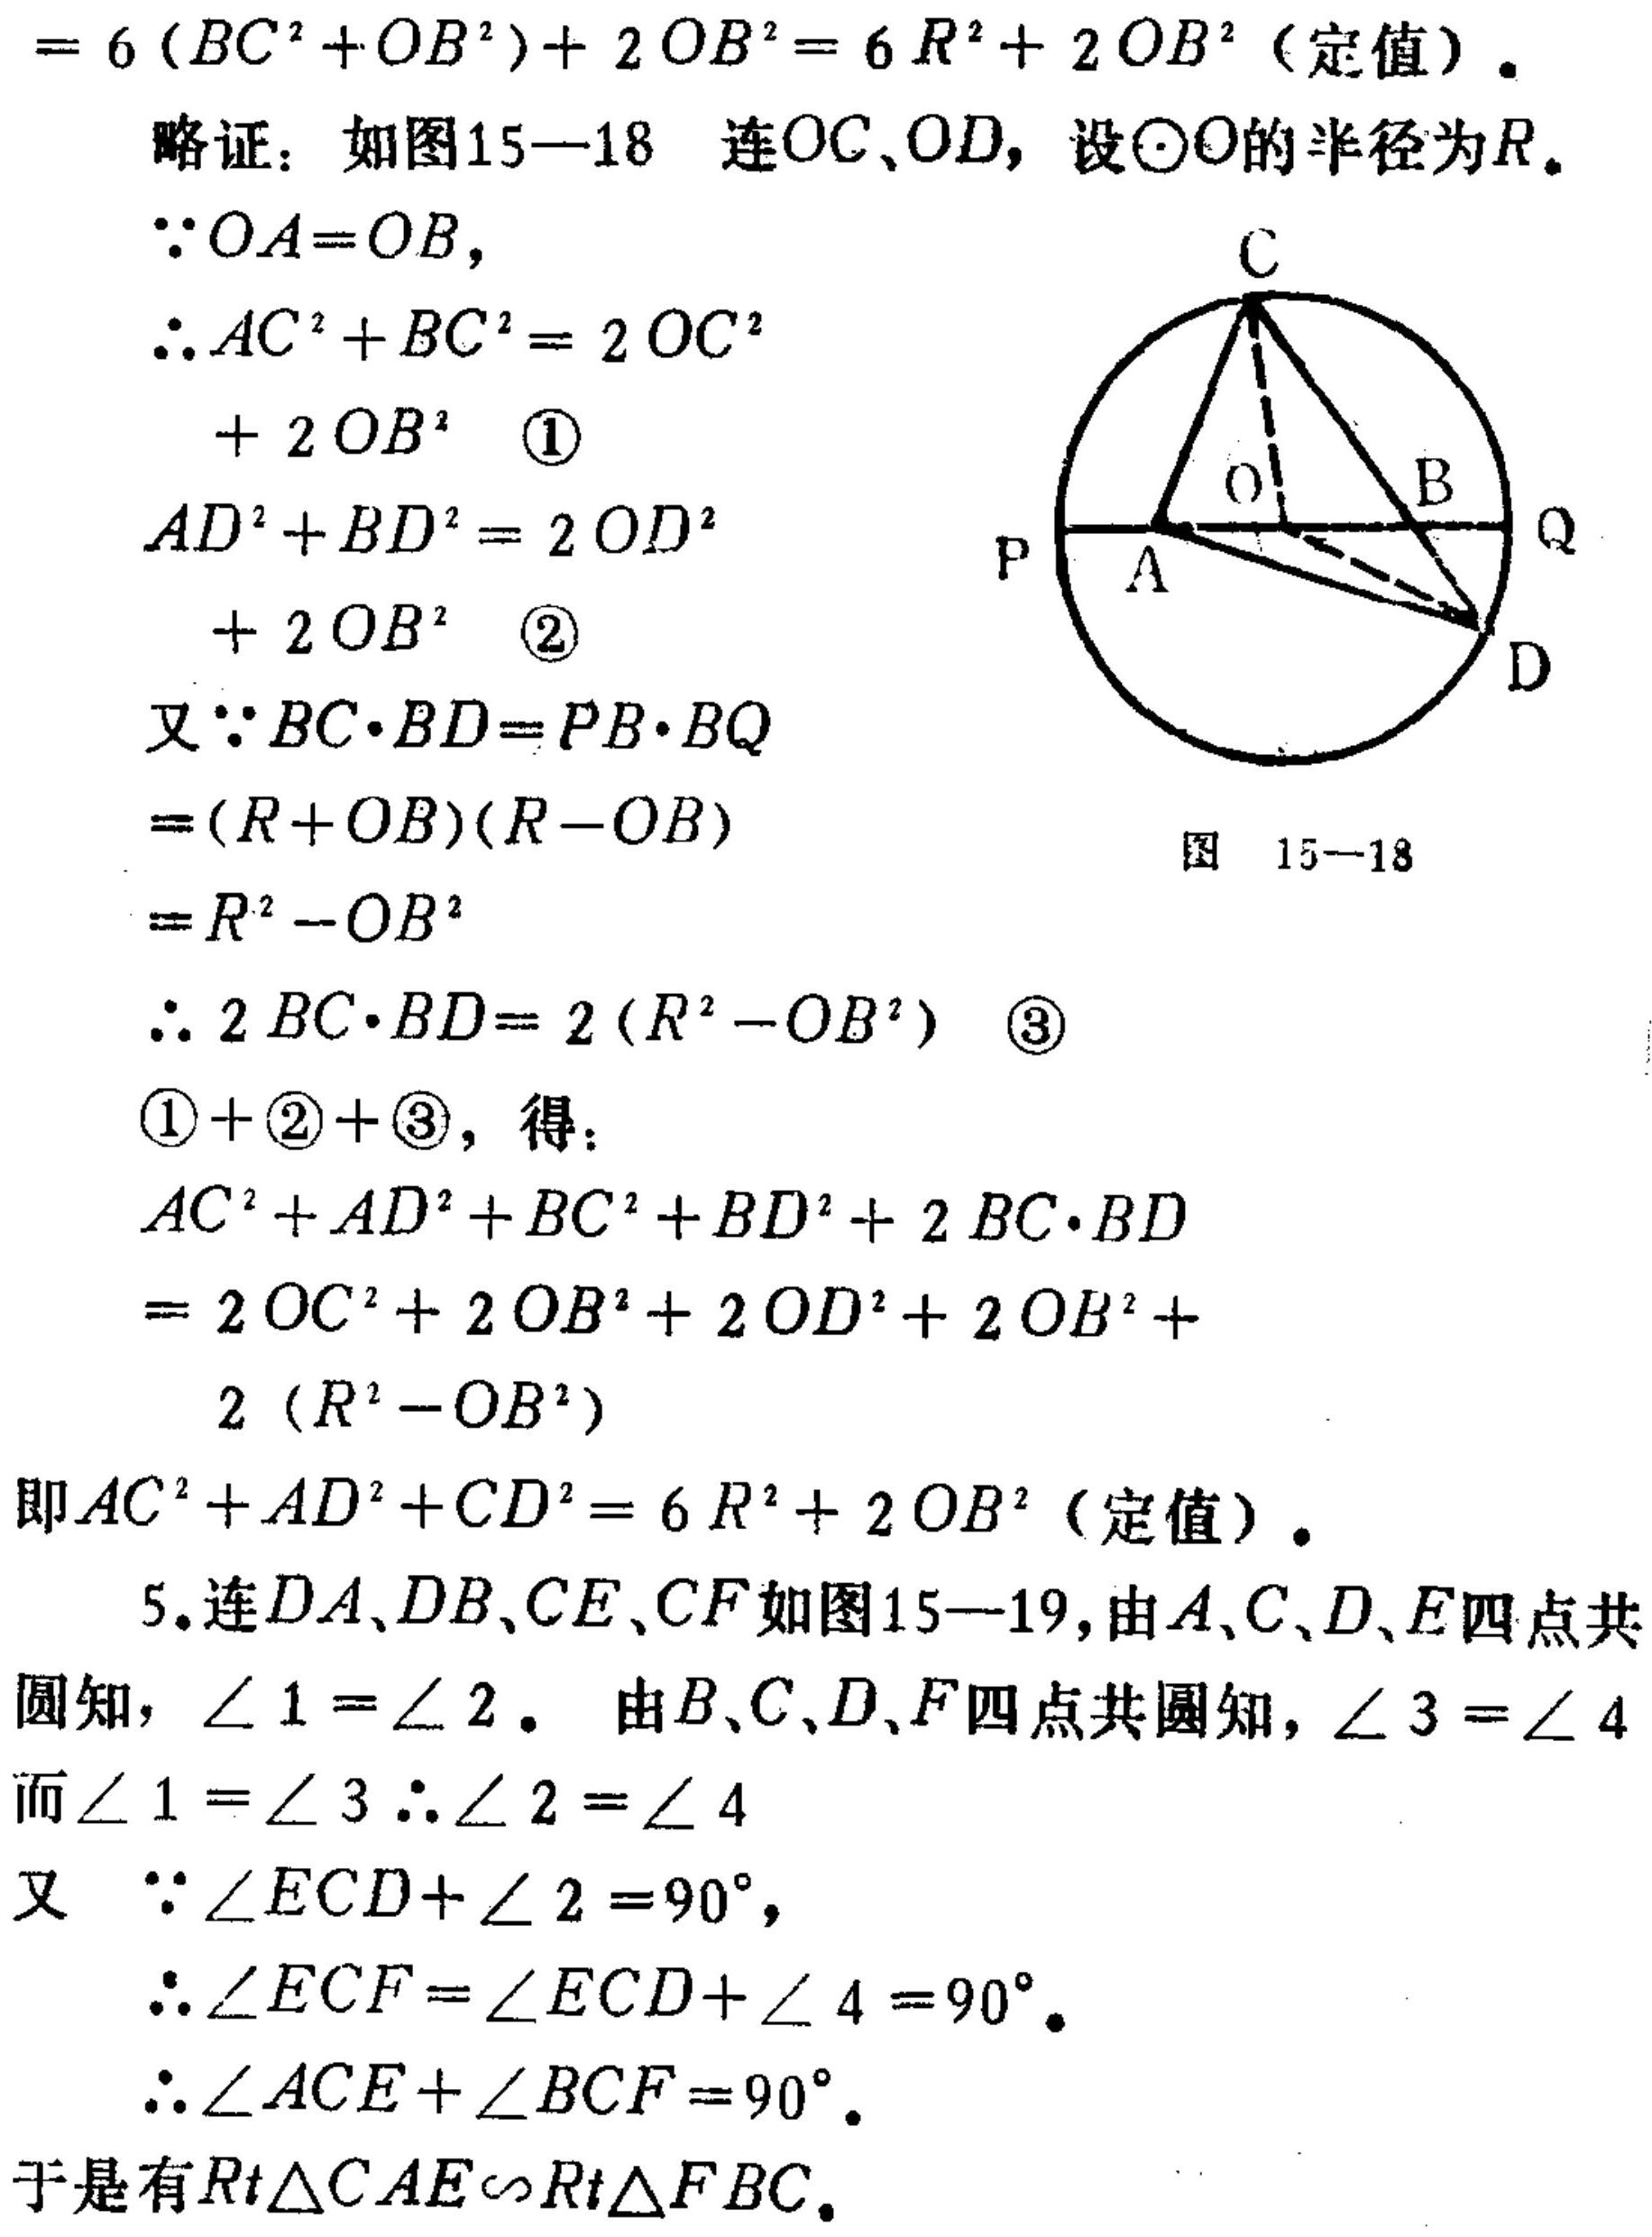
\(= 6(BC^{2}+OB^{2})+2OB^{2}=6R^{2}+2OB^{2}\)（定值）。
略证：如图15—18 连\(OC、OD\)，设\(\odot O\)的半径为\(R\)。
\(\because OA = OB\)，
\(\therefore AC^{2}+BC^{2}=2OC^{2}\)
\(+ 2OB^{2}\) \textcircled{1}
\(AD^{2}+BD^{2}=2OD^{2}\)
\(+ 2OB^{2}\) \textcircled{2}
又\(\because BC\cdot BD = PB\cdot BQ\)
\(=(R + OB)(R - OB)\)
\(=R^{2}-OB^{2}\)
\(\therefore 2BC\cdot BD = 2(R^{2}-OB^{2})\) \textcircled{3}
\textcircled{1} + \textcircled{2} + \textcircled{3}，得：
\(AC^{2}+AD^{2}+BC^{2}+BD^{2}+2BC\cdot BD\)
\(=2OC^{2}+2OB^{2}+2OD^{2}+2OB^{2}+\)
\(2(R^{2}-OB^{2})\)
即\(AC^{2}+AD^{2}+CD^{2}=6R^{2}+2OB^{2}\)（定值）。
5. 连\(DA、DB、CE、CF\)如图15—19，由\(A、C、D、E\)四点共圆知，\(\angle 1=\angle 2\)。 由\(B、C、D、F\)四点共圆知，\(\angle 3=\angle 4\)
而\(\angle 1=\angle 3\) \(\therefore \angle 2=\angle 4\)
又 \(\because \angle ECD+\angle 2 = 90^{\circ}\)，
\(\therefore \angle ECF=\angle ECD+\angle 4 = 90^{\circ}\)。
\(\therefore \angle ACE+\angle BCF = 90^{\circ}\)。
于是有\(Rt\triangle CAE\sim Rt\triangle FBC\)。